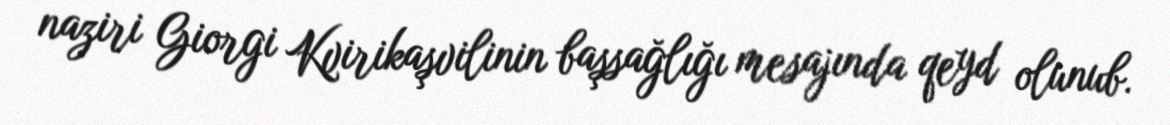
naziri Giorgi Kvirikaşvilinin başsağlığı mesajında qeyd olunub.